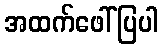
အထက်ဖေါ်ပြပါ